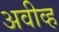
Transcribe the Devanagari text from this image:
अवीव्ह